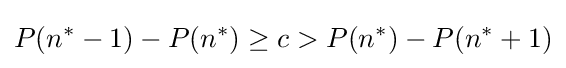
P(n^{*}-1)-P(n^{*})\geq c>P(n^{*})-P(n^{*}+1)